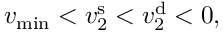
v _ { \operatorname* { m i n } } < v _ { 2 } ^ { \mathrm { s } } < v _ { 2 } ^ { \mathrm { d } } < 0 ,